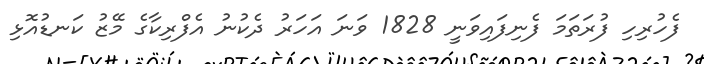
ފެހުރިހި ފުރަތަމަ ފެނިފައިވަނީ 1828 ވަނަ އަހަރު ދެކުނު އެފްރިކާގެ މޭޒު ކަނޑުއޮޅި